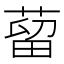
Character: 蒥